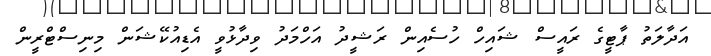
އަދާލަތު ޕާޓީގެ ރައީސް ޝައިހް ހުސެއިން ރަޝީދު އަހްމަދު ވިދާޅުވީ އެޑިއުކޭޝަން މިނިސްޓްރީން